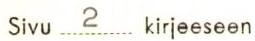
Sivu 2 kirjeeseen